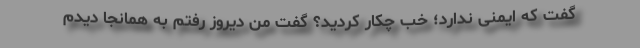
گفت که ایمنی ندارد؛ خُب چکار کردید؟ گفت من دیروز رفتم به همانجا دیدم